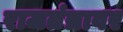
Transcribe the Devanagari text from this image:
राजतंत्रावर